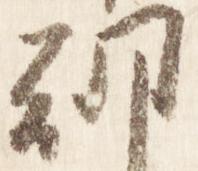
朝